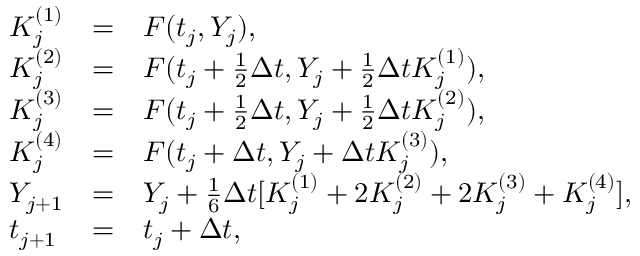
\begin{array} { l c l } { K _ { j } ^ { ( 1 ) } } & { = } & { F ( t _ { j } , Y _ { j } ) , } \\ { K _ { j } ^ { ( 2 ) } } & { = } & { F ( t _ { j } + \frac 1 2 { \Delta t } , Y _ { j } + \frac 1 2 { \Delta t } K _ { j } ^ { ( 1 ) } ) , } \\ { K _ { j } ^ { ( 3 ) } } & { = } & { F ( t _ { j } + \frac 1 2 { \Delta t } , Y _ { j } + \frac 1 2 { \Delta t } K _ { j } ^ { ( 2 ) } ) , } \\ { K _ { j } ^ { ( 4 ) } } & { = } & { F ( t _ { j } + \Delta t , Y _ { j } + \Delta t K _ { j } ^ { ( 3 ) } ) , } \\ { Y _ { j + 1 } } & { = } & { Y _ { j } + \frac 1 6 { \Delta t } [ K _ { j } ^ { ( 1 ) } + 2 K _ { j } ^ { ( 2 ) } + 2 K _ { j } ^ { ( 3 ) } + K _ { j } ^ { ( 4 ) } ] , } \\ { t _ { j + 1 } } & { = } & { t _ { j } + \Delta t , } \end{array}